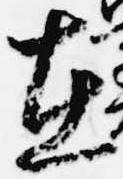
在